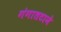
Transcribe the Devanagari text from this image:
गंगातटाने